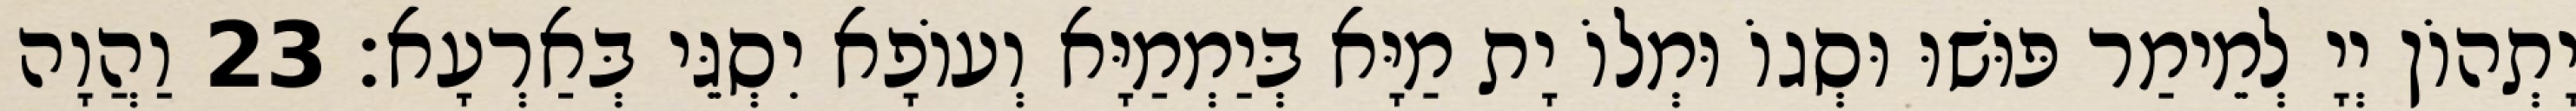
יָתְהוֹן יְיָ לְמֵימַר פּוּשׁוּ וּסְגוֹ וּמְלוֹ יָת מַיָּא בְּיַמְמַיָּא וְעוֹפָא יִסְגֵּי בְּאַרְעָא׃ 23 וַהֲוָה